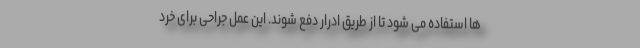
ها استفاده می شود تا از طریق ادرار دفع شوند. این عمل جراحی برای خرد